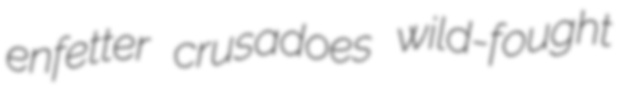
enfetter crusadoes wild-fought